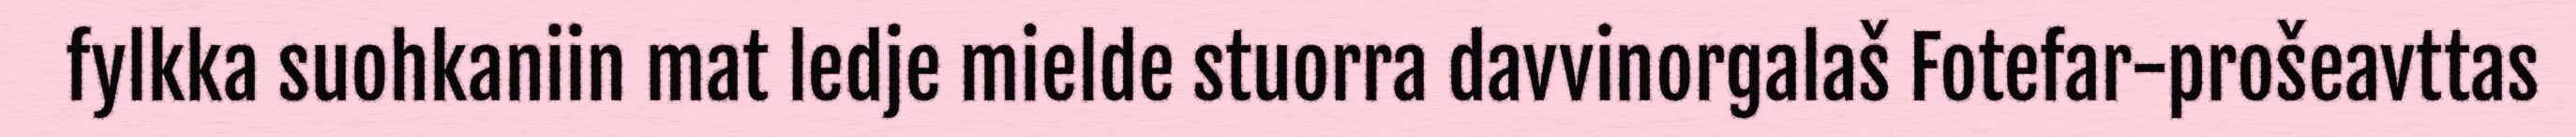
fylkka suohkaniin mat ledje mielde stuorra davvinorgalaš Fotefar-prošeavttas